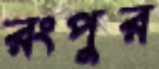
রংপুর